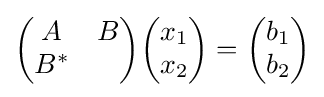
{\begin{pmatrix}A&B\\B^{*}&\end{pmatrix}}{\begin{pmatrix}x_{1}\\x_{2}\end{pmatrix}}={\begin{pmatrix}b_{1}\\b_{2}\end{pmatrix}}